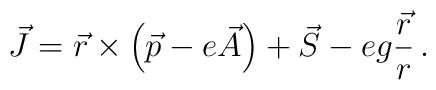
\vec{J} = \vec{r} \times \left( \vec{p} - e \vec{A} \right) + \vec{S}   - eg \frac{\vec{r}}{r} \, .